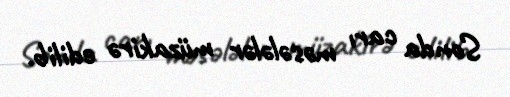
Sonda carı məsələlər müzakirə edilib.